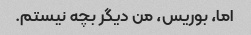
اما، بوریس، من دیگر بچه نیستم.